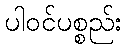
ပါဝင်ပစ္စည်း